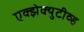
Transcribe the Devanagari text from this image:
एक्झेक्युटीव्ह